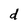
Character: d